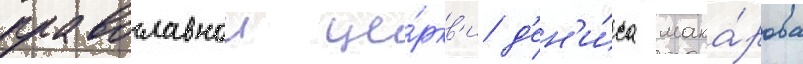
православнои це́ркв'и д'ен'и́са мака́рова